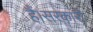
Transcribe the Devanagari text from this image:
हैं।सरकारी